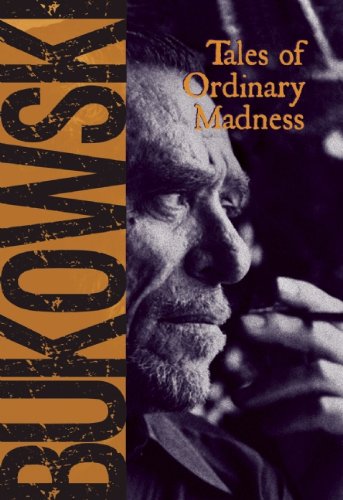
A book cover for Tales of Ordinary Madness; Charles Bukowski; Literature & Fiction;